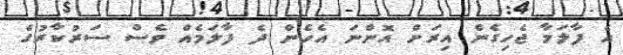
އެ ފާލަމާ ޖެހިގެން އިރަށް އޮންނަ އެހެން ދެ ފާލަމެއް ވެސް ސަރުކާރުގެ